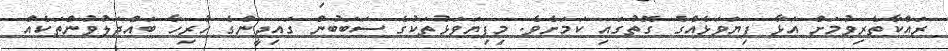
ރައްކާތެރިވުމަށް އަޅާ ފިޔަވަޅެއްގެ ގޮތުގައި ކަމަށެވެ. މިފިޔަވަޅުތަކުގެ ސަބަބުން ގައިދީންގެ ހުރިހާ ބައްދަލުވުންތަކެއް